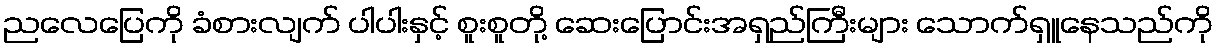
ညလေပြေကို ခံစားလျက် ပါပါးနှင့် စူးစူတို့ ဆေးပြောင်းအရှည်ကြီးများ သောက်ရှူနေသည်ကို